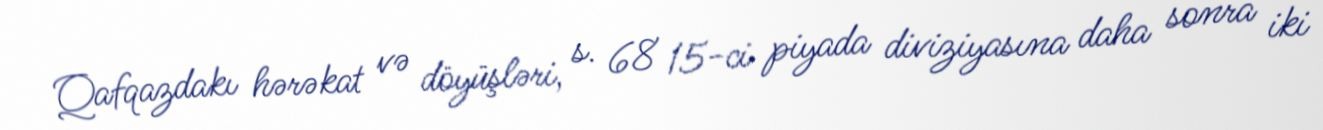
Qafqazdakı hərəkat və döyüşləri, s. 68 15-ci piyada diviziyasına daha sonra iki